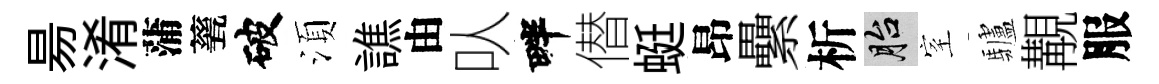
昜淆蒲甆破湏譙由㕥畔僣蜓昂纍析胎室驢覯服